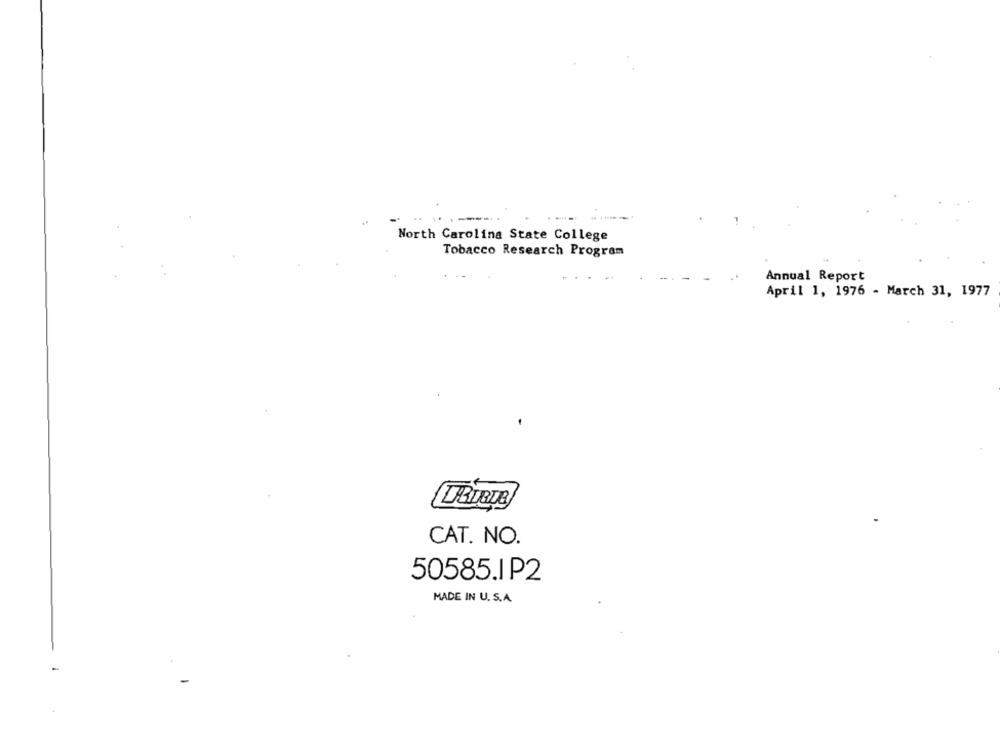
North Carolina State College
Tobacco Research Program
Annual Report
April 1, 1976 - March 31, 1977
CAT. NO.
50585.I P2
MADE IN U. S.A.